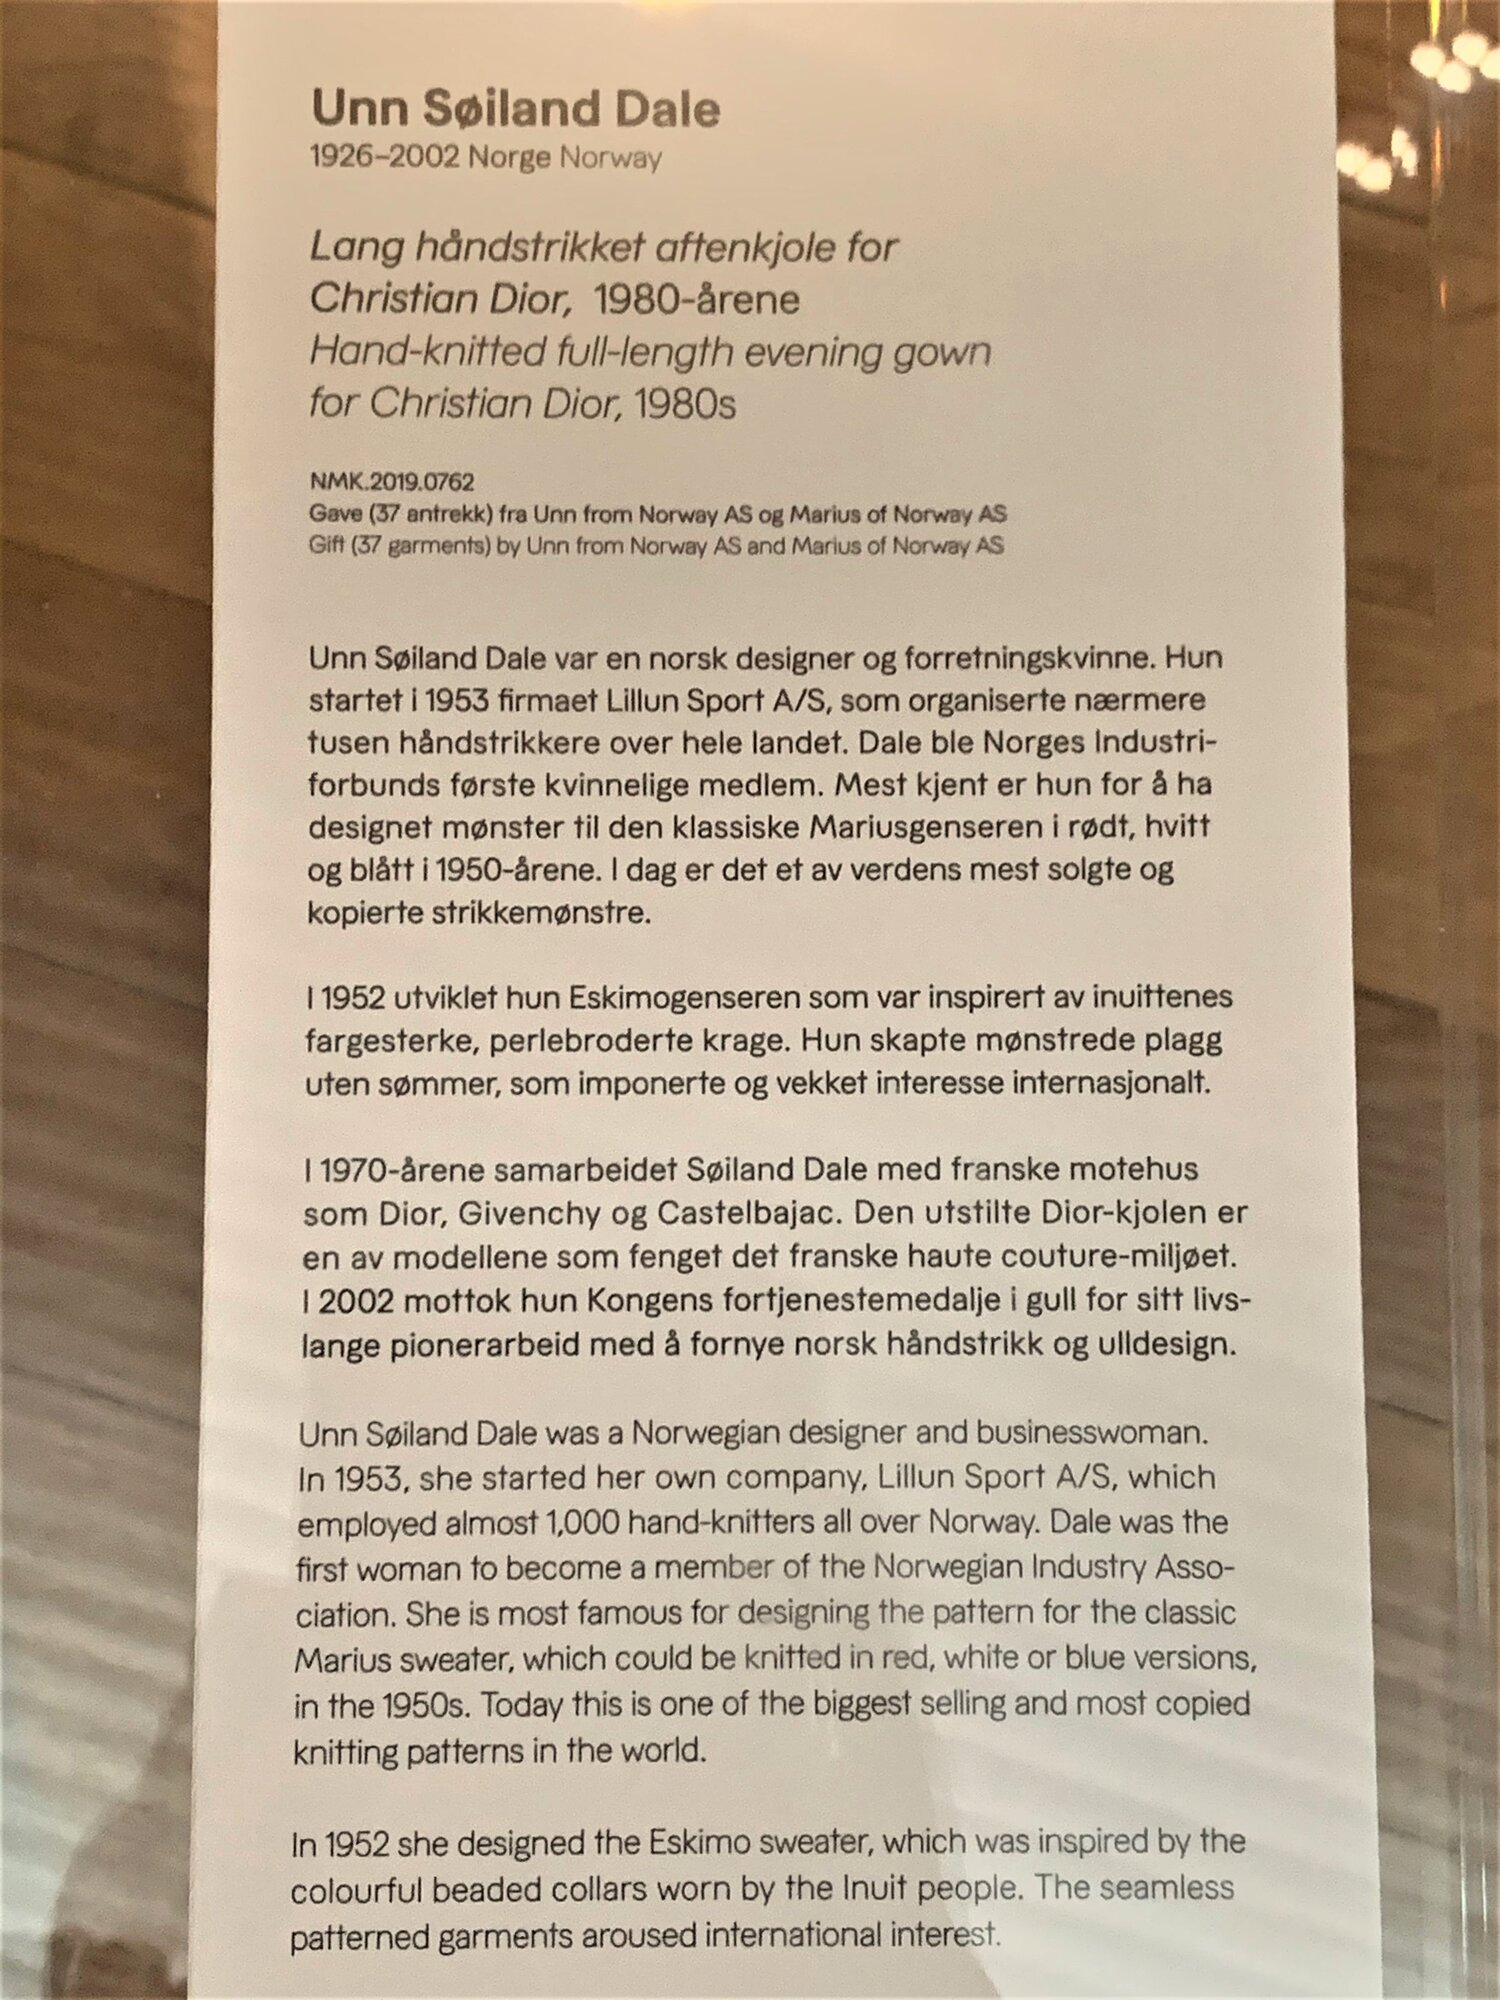
Language: no